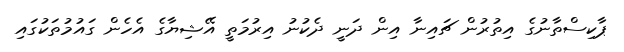
ޕާކިސްތާނުގެ އިތުރުން ޗައިނާ އިން ދަނީ ދެކުނު އިރުމަތީ އޭޝިޔާގެ އެހެން ގައުމުތަކުގައި